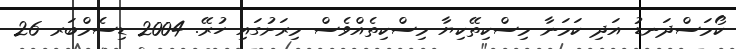
ކޯމަސްދަނޑު އަދި ކަމަނާ މިސްކިތޭކިޔާ މިސްކިތެއްވެސް މިރަށުގައި ހުރޭ. 2004 ޑިސެމްބަރ 26